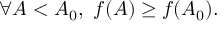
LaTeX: \forall A < A _ { 0 } , \, \, f ( A ) \geq f ( A _ { 0 } ) .